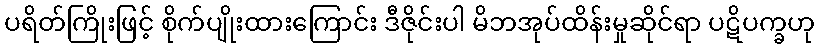
ပရိတ်ကြိုးဖြင့် စိုက်ပျိုးထားကြောင်း ဒီဇိုင်းပါ မိဘအုပ်ထိန်းမှုဆိုင်ရာ ပဋိပက္ခဟု